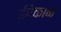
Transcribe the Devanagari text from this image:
ईपेकाक